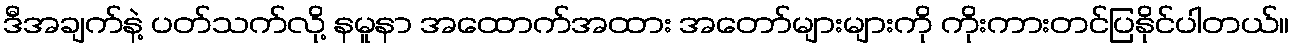
ဒီအချက်နဲ့ ပတ်သက်လို့ နမူနာ အထောက်အထား အတော်များများကို ကိုးကားတင်ပြနိုင်ပါတယ်။